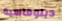
دبلوماسية